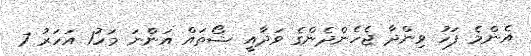
އެންމެ ފަހު ވިންދާ ޖެހެންދެންގެ ވަދާއީ ޝޯތައް އަންނަ މަހު1 އަހަރު 7